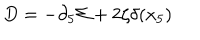
LaTeX: D = - \partial _ { 5 } \Sigma + 2 \zeta \delta ( x _ { 5 } )